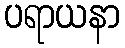
ပရာယနာ